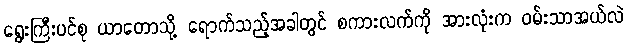
ရွေးကြီးပင်စု ယာတောသို့ ရောက်သည့်အခါတွင် စကားလက်ကို အားလုံးက ဝမ်းသာအယ်လဲ